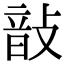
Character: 𢾑